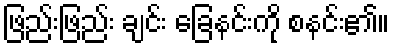
ဖြည်းဖြည်း ချင်း ခြေနင်းကို စနင်း၏။